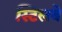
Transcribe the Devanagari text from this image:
स्टिलबे